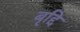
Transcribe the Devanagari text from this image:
बृद्दि